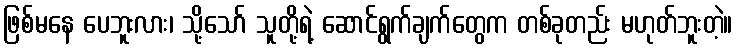
ဖြစ်မနေ ပေဘူးလား၊ သို့သော် သူတို့ရဲ့ ဆောင်ရွက်ချက်တွေက တစ်ခုတည်း မဟုတ်ဘူးတဲ့။